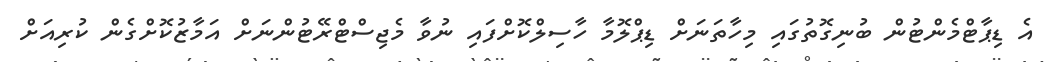
އެ ޑިޕާޓްމެންޓުން ބުނިގޮތުގައި މިހާތަނަށް ޑިޕްލޮމާ ހާސިލްކޮށްފައި ނުވާ މެޖިސްޓްރޭޓުންނަށް އަމާޒުކޮށްގެން ކުރިއަށް